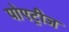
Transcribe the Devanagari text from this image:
पोएट्रीज